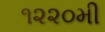
૧૨૨૦મી